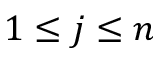
1 \leq j \leq n